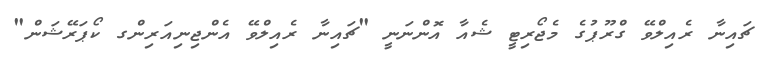
ޗައިނާ ރެއިލްވޭ ގްރޫޕުގެ މެޖޯރިޓީ ޝެއާ އޮންނަނީ "ޗައިނާ ރެއިލްވޭ އެންޖިނިއަރިންގ ކޯޕަރޭޝަން"